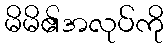
မိမိ၏အလုပ်ကို